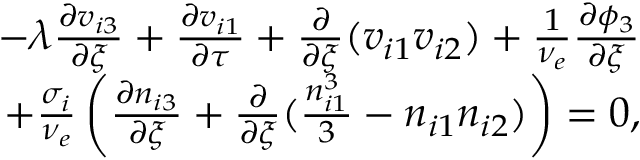
\begin{array} { r } { - \lambda \frac { \partial v _ { i 3 } } { \partial \xi } + \frac { \partial v _ { i 1 } } { \partial \tau } + \frac { \partial } { \partial \xi } ( v _ { i 1 } v _ { i 2 } ) + \frac { 1 } { \nu _ { e } } \frac { \partial \phi _ { 3 } } { \partial \xi } } \\ { + \frac { \sigma _ { i } } { \nu _ { e } } \left( \frac { \partial n _ { i 3 } } { \partial \xi } + \frac { \partial } { \partial \xi } ( \frac { n _ { i 1 } ^ { 3 } } { 3 } - n _ { i 1 } n _ { i 2 } ) \right) = 0 , } \end{array}